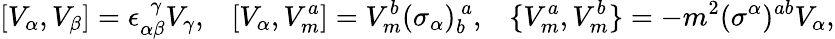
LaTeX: [V_{\alpha},V_{\beta}]=\epsilon_{\alpha\beta}^{~~~\! \gamma}V_{\gamma},\; \; \; [V_{\alpha},V_{m}^{a}]=V_{m}^{b}(\sigma_{\alpha})_{b}^{~a},\; \; \; \{ V_{m}^{a},V_{m}^{b}\} =-m^{2}(\sigma^{\alpha})^{ab}V_{\alpha},